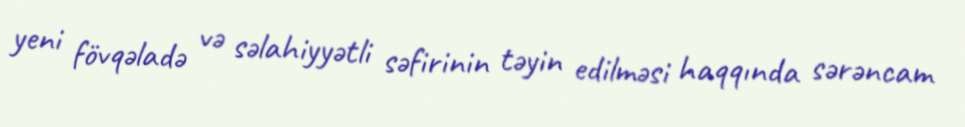
yeni fövqəladə və səlahiyyətli səfirinin təyin edilməsi haqqında sərəncam